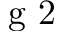
\textrm { g 2 }